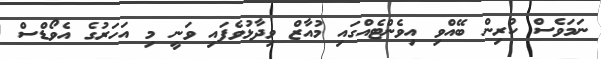
ނަމަވެސް ކުރިން ބޭއްވި އިވެންޓެއްގައި މުއާޒް ވިދާޅުވެފައި ވަނީ މި އަހަރުގެ އެވޯޑްސް